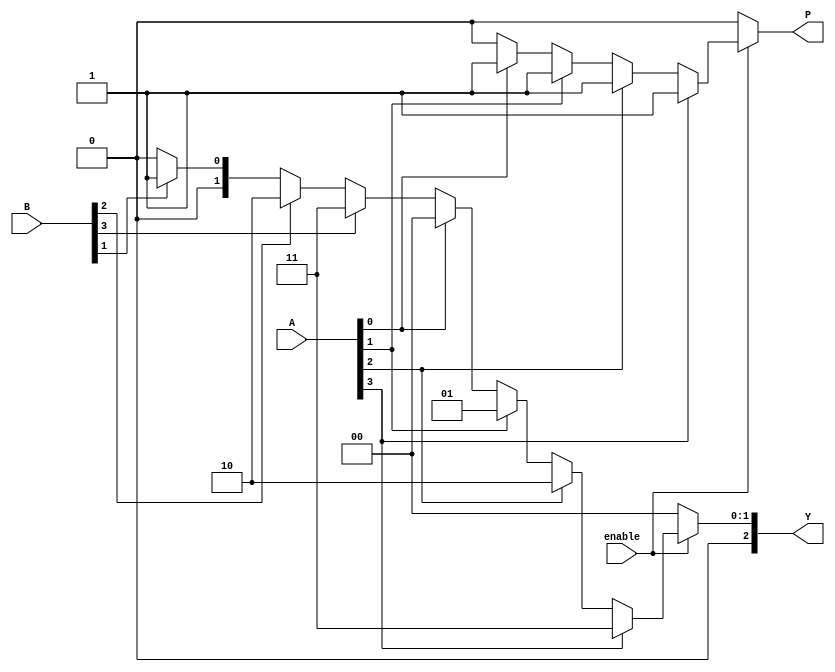
module dual_priority_encoder (
    input wire [3:0] A,       // Group A inputs
    input wire [3:0] B,       // Group B inputs
    input wire enable,         // Enable signal
    output reg [2:0] Y,       // 3-bit binary output
    output reg P              // Priority indicator
);

    always @(*) begin
        if (enable) begin
            // Default output
            Y = 3'b000;
            P = 1'b0;

            // Check Group A inputs
            if (A[3]) begin
                Y = 3'b011; // A3
                P = 1'b1;
            end else if (A[2]) begin
                Y = 3'b010; // A2
                P = 1'b1;
            end else if (A[1]) begin
                Y = 3'b001; // A1
                P = 1'b1;
            end else if (A[0]) begin
                Y = 3'b000; // A0
                P = 1'b1;
            end else begin
                // Check Group B inputs if no Group A inputs are active
                if (B[3]) begin
                    Y = 3'b011; // B3
                    P = 1'b0;
                end else if (B[2]) begin
                    Y = 3'b010; // B2
                    P = 1'b0;
                end else if (B[1]) begin
                    Y = 3'b001; // B1
                    P = 1'b0;
                end else if (B[0]) begin
                    Y = 3'b000; // B0
                    P = 1'b0;
                end
            end
        end else begin
            // If not enabled, set outputs to a defined state (e.g., all zeros)
            Y = 3'b000;
            P = 1'b0;
        end
    end
endmodule